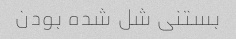
بستنی شل شده بودن